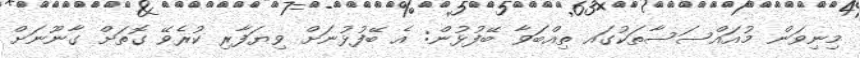
މިނިވަން މުއައްސަސާތަކުގައ ތިއްބަވާ ބޭފުޅުން: އެ ބޭފުޅުނަށް ވިޔަފާރި ކުރެވޭ ގޮތަށް ގާނޫނަށް